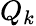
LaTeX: Q_{k}